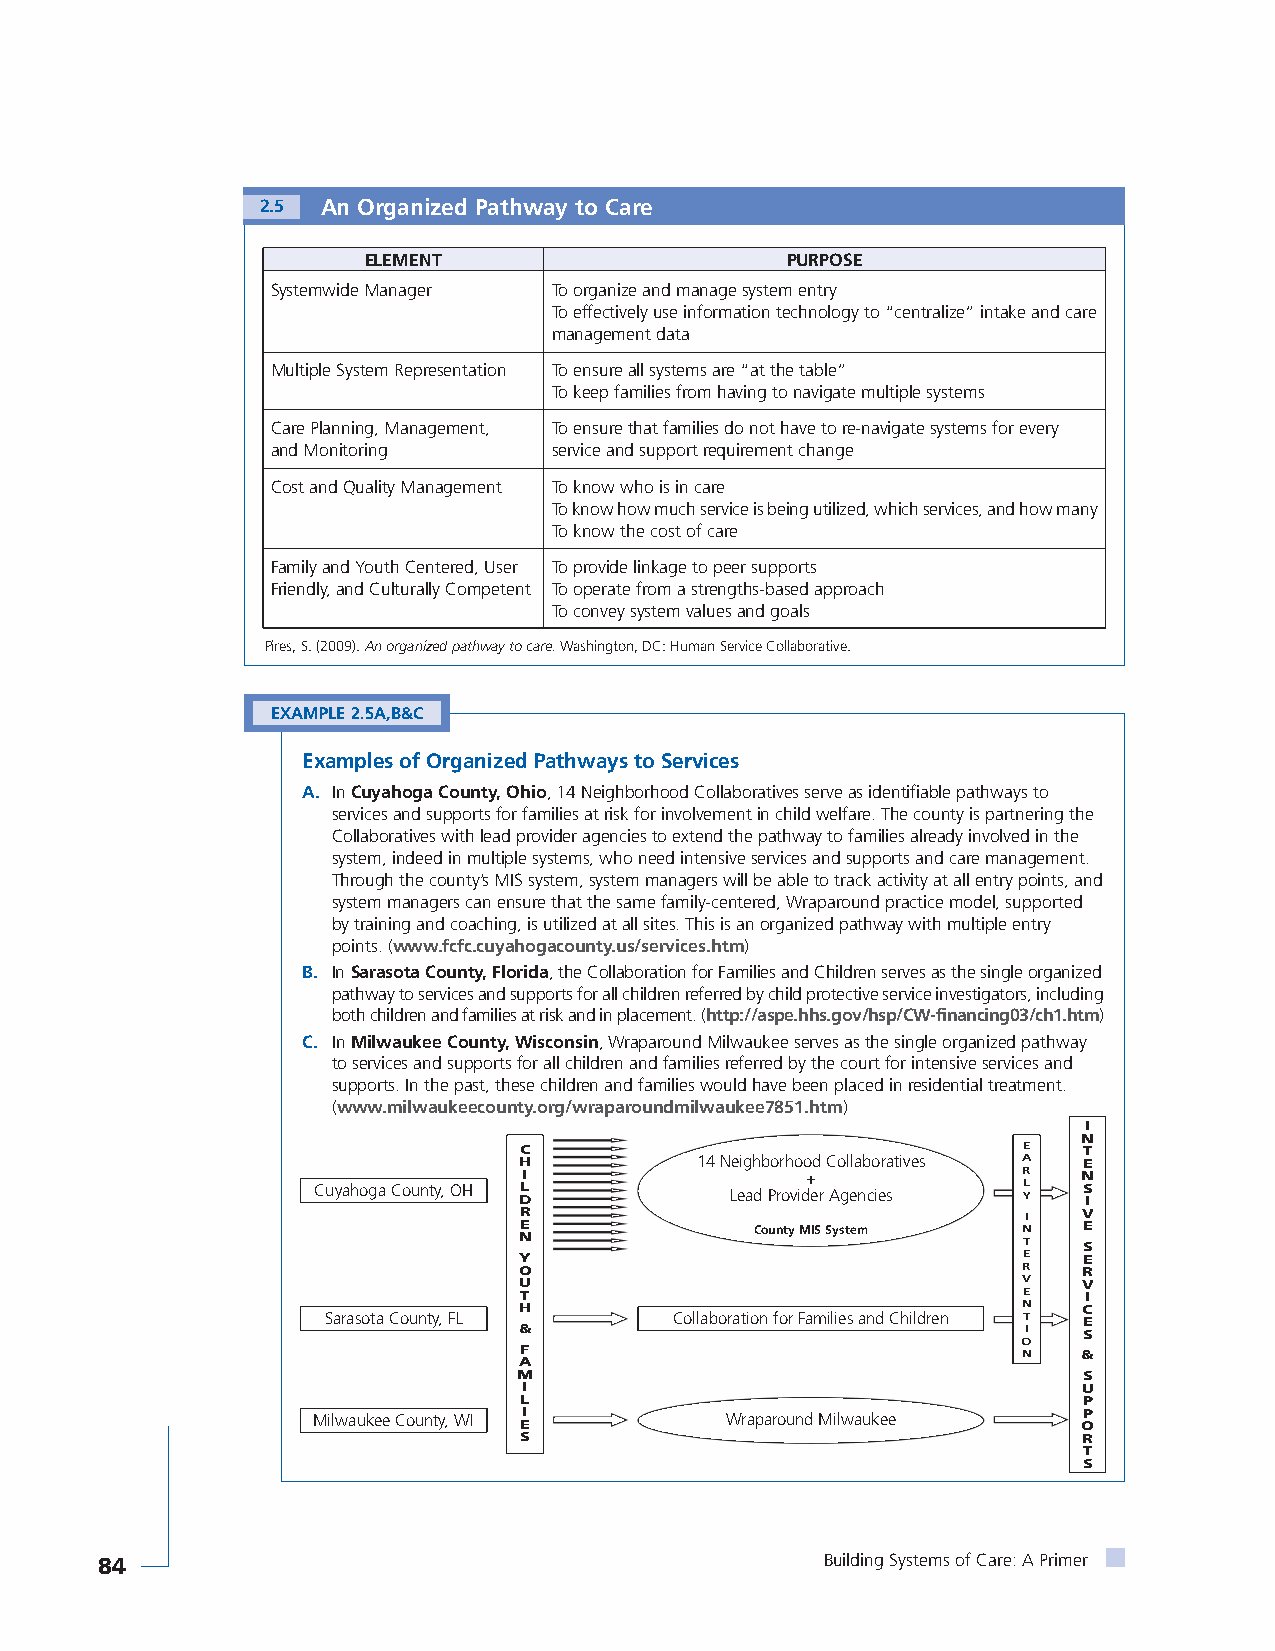
2.5 An Organized Pathway to Care
 ELEMENT                     PURPOSE
 Systemwide Manager To organize and manage system entry
 To effectively use information technology to “centralize” intake and care
 management data
 Multiple System Representation To ensure all systems are “at the table”
 To keep families from having to navigate multiple systems
 Care Planning, Management, To ensure that families do not have to re-navigate systems for every
 and Monitoring     service and support requirement change
 Cost and Quality Management To know who is in care
 To know how much service is being utilized, which services, and how many
 To know the cost of care
 Family and Youth Centered, User To provide linkage to peer supports
 Friendly, and Culturally Competent To operate from a strengths-based approach
 To convey system values and goals
 Pires, S. (2009). An organized pathway to care.Washington, DC: Human Service Collaborative.
 EXAMPLE 2.5A,B&C
 Examples of Organized Pathways to Services
 A. In Cuyahoga County, Ohio, 14 Neighborhood Collaboratives serve as identifiable pathways to
 services and supports for families at risk for involvement in child welfare. The county is partnering the
 Collaboratives with lead provider agencies to extend the pathway to families already involved in the
 system, indeed in multiple systems, who need intensive services and supports and care management.
 Through the county’s MIS system, system managers will be able to track activity at all entry points, and
 system managers can ensure that the same family-centered, Wraparound practice model, supported
 by training and coaching, is utilized at all sites. This is an organized pathway with multiple entry
 points. (www.fcfc.cuyahogacounty.us/services.htm)
 B. In Sarasota County, Florida, the Collaboration for Families and Children serves as the single organized
 pathway to services and supports for all children referred by child protective service investigators, including
 both children and families at risk and in placement. (http://aspe.hhs.gov/hsp/CW-financing03/ch1.htm)
 C. In Milwaukee County, Wisconsin, Wraparound Milwaukee serves as the single organized pathway
 to services and supports for all children and families referred by the court for intensive services and
 supports. In the past, these children and families would have been placed in residential treatment.
 (www.milwaukeecounty.org/wraparoundmilwaukee7851.htm)
 I
 N
 C                                 E   T
 H           14 Neighborhood Collaboratives A E
 I                 +              R   N
 Cuyahoga County, OH DL     Lead Provider Agencies YL S
 I
 R                                 I   V
 E               County MIS System N   E
 N                                 T   S
 Y                                 E   E
 O                                 R   R
 U                                 V   V
 T                                 E   I
 H                                 N   C
 Sarasota County, FL     Collaboration for Families and Children T E
 &                                 I   S
 O
 F                                 N   &
 A
 M                                     S
 I                                    U
 L                                     P
 Milwaukee County, WI EI    Wraparound Milwaukee    OP
 S                                     R
 T
 S
 84                                               Building Systems of Care: A Primer